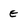
Character: E